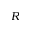
R